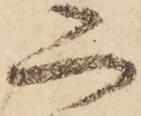
二